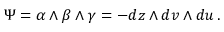
\Psi = \alpha \wedge \beta \wedge \gamma = - d z \wedge d v \wedge d u \, .